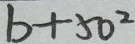
b + 5 0 ^ { 2 }